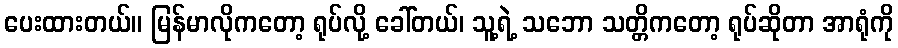
ပေးထားတယ်။ မြန်မာလိုကတော့ ရုပ်လို့ ခေါ်တယ်၊ သူ့ရဲ့ သဘော သတ္တိကတော့ ရုပ်ဆိုတာ အာရုံကို